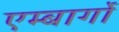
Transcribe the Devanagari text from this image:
एम्बार्गो